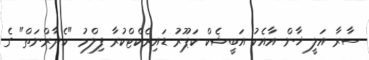
ސާރާ އަލީ ޚާން އާއެކު އަބީޝެކް ކަޕޫރު ޑައިރެކްޓްކުރާ ފިލްމު "ކެދާރްނަތް" ގެ